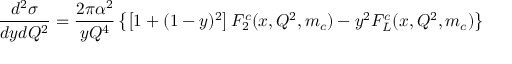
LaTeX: \frac { d ^ { 2 } \sigma } { d y d Q ^ { 2 } } = \frac { 2 \pi \alpha ^ { 2 } } { y Q ^ { 4 } } \left\{ \left[ 1 + ( 1 - y ) ^ { 2 } \right] F _ { 2 } ^ { c } ( x , Q ^ { 2 } , m _ { c } ) - y ^ { 2 } F _ { L } ^ { c } ( x , Q ^ { 2 } , m _ { c } ) \right\}